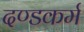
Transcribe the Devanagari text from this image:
दण्डकर्म